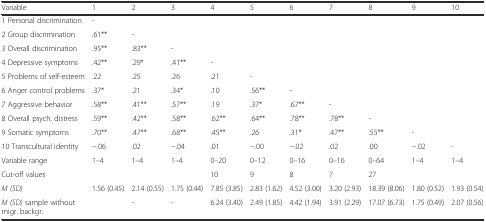
<table><thead><tr><td><b>Variable</b></td><td><b>1</b></td><td><b>2</b></td><td><b>3</b></td><td><b>4</b></td><td><b>5</b></td><td><b>6</b></td><td><b>7</b></td><td><b>8</b></td><td><b>9</b></td><td><b>10</b></td></tr></thead><tbody><tr><td>1 Personal discrimination</td><td>-</td><td></td><td></td><td></td><td></td><td></td><td></td><td></td><td></td><td></td></tr><tr><td>2 Group discrimination</td><td>.61**</td><td>-</td><td></td><td></td><td></td><td></td><td></td><td></td><td></td><td></td></tr><tr><td>3 Overall discrimination</td><td>.95**</td><td>.83**</td><td>-</td><td></td><td></td><td></td><td></td><td></td><td></td><td></td></tr><tr><td>4 Depressive symptoms</td><td>.42**</td><td>.29*</td><td>.41**</td><td>-</td><td></td><td></td><td></td><td></td><td></td><td></td></tr><tr><td>5 Problems of self-esteem</td><td>.22</td><td>.25</td><td>.26</td><td>.21</td><td>-</td><td></td><td></td><td></td><td></td><td></td></tr><tr><td>6 Anger control problems</td><td>.37*</td><td>.21</td><td>.34*</td><td>.10</td><td>.56**</td><td>-</td><td></td><td></td><td></td><td></td></tr><tr><td>7 Aggressive behavior</td><td>.58**</td><td>.41**</td><td>.57**</td><td>.19</td><td>.37*</td><td>.67**</td><td>-</td><td></td><td></td><td></td></tr><tr><td>8 Overall psych. distress</td><td>.59**</td><td>.42**</td><td>.58**</td><td>.62**</td><td>.64**</td><td>.78**</td><td>.78**</td><td>-</td><td></td><td></td></tr><tr><td>9 Somatic symptoms</td><td>.70**</td><td>.47**</td><td>.68**</td><td>.45**</td><td>.26</td><td>.31*</td><td>.47**</td><td>.55**</td><td>-</td><td></td></tr><tr><td>10 Transcultural identity</td><td>−.06</td><td>.02</td><td>−.04</td><td>.01</td><td>−.00</td><td>−.02</td><td>.02</td><td>.00</td><td>−.02</td><td>-</td></tr><tr><td>Variable range</td><td>1–4</td><td>1–4</td><td>1–4</td><td>0–20</td><td>0–12</td><td>0–16</td><td>0–16</td><td>0–64</td><td>1–4</td><td>1–4</td></tr><tr><td>Cut-off values</td><td></td><td></td><td></td><td>10</td><td>9</td><td>8</td><td>7</td><td>27</td><td></td><td></td></tr><tr><td><i>M (SD)</i></td><td>1.56 (0.45)</td><td>2.14 (0.55)</td><td>1.75 (0.44)</td><td>7.85 (3.85)</td><td>2.83 (1.62)</td><td>4.52 (3.00)</td><td>3.20 (2.93)</td><td>18.39 (8.06)</td><td>1.80 (0.52)</td><td>1.93 (0.54)</td></tr><tr><td><i>M (SD)</i> sample without migr. backgr.</td><td></td><td>-</td><td>-</td><td>6.24 (3.40)</td><td>2.49 (1.85)</td><td>4.42 (1.94)</td><td>3.91 (2.29)</td><td>17.07 (6.73)</td><td>1.75 (0.49)</td><td>2.07 (0.56)</td></tr></tbody></table>